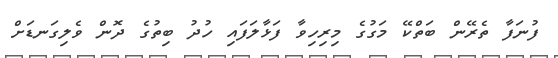
ފުނަފާ ތެރޭން ބަތްކޭ މަގުގެ މިރިހިވާ ފަޅާލަފައި ހުދު ބިތުގެ ދޮން ވެލިގަނޑަށް